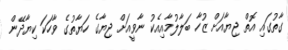
ގާތުގައި އޮތް ޖިޔާއަށް ޒުހާ ބަލާލުމާއިއެކު ނާވީއަށް ޖިޔާގެ ހަޔާތުގެ ވާހަކަ ކިޔާދޭން